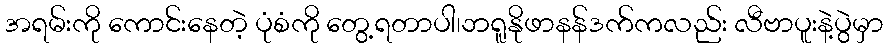
အရမ်းကို ကောင်းနေတဲ့ ပုံစံကို တွေ့ရတာပါ၊ဘရူနိုဖာနန်ဒက်ကလည်း လီဗာပူးနဲ့ပွဲမှာ